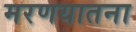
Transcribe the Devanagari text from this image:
मरणयातना